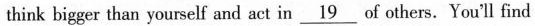
think bigger than yourself and act in \underline{19} of others. You'll find